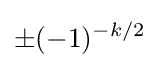
\pm (-1)^{-k/2}